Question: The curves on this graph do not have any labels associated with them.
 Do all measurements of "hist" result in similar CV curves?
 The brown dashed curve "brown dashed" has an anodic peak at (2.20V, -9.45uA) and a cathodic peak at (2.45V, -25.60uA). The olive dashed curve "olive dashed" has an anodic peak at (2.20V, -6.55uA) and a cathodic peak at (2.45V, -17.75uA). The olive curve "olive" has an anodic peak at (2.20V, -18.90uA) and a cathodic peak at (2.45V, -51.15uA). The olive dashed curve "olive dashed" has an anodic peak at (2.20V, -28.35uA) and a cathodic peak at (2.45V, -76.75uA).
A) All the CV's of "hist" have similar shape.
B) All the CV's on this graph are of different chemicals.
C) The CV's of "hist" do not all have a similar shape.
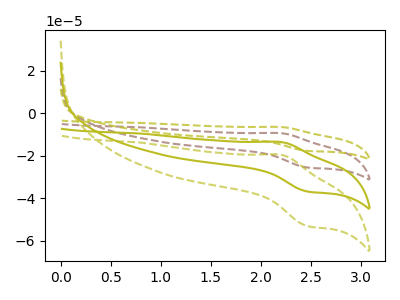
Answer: <think>All the peaks in "brown dashed" have a peak in "olive dashed" at the same potential. All the peaks in "brown dashed" have a peak in "olive" at the same potential. All the peaks in "brown dashed" have a peak in "olive dashed" at the same potential. All the peaks in "olive dashed" have a peak in "olive" at the same potential. All the peaks in "olive dashed" have a peak in "olive dashed" at the same potential. All the peaks in "olive" have a peak in "olive dashed" at the same potential.
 </think>
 <answer>A) All the CV's of "hist" have similar shape.</answer>
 <eval>A</eval>